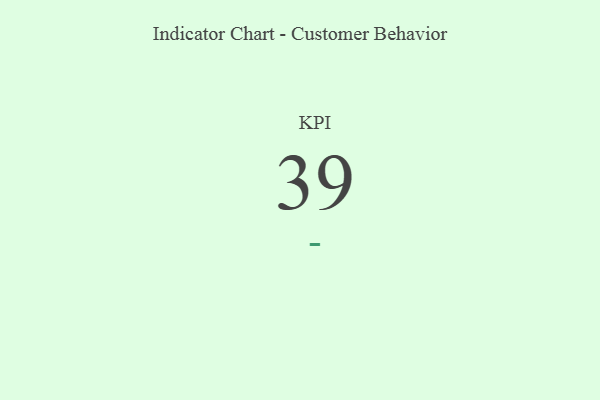
{"axis": {"x": "KPI", "y": "Value"}, "legend": [""], "data": [{"x": "KPI", "y": 39, "type": ""}]}